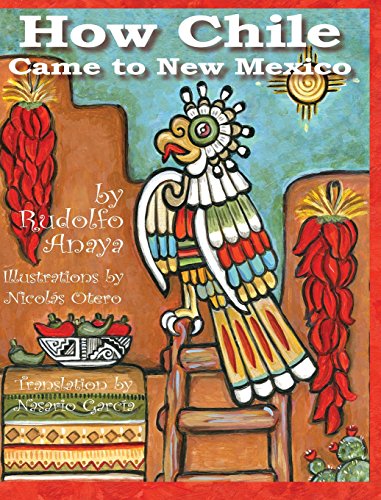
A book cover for How Chile Came to New Mexico; Rudolfo A. Anaya; Travel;